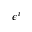
\epsilon ^ { i }